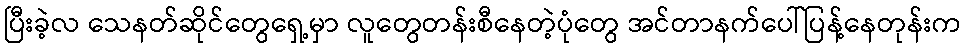
ပြီးခဲ့လ သေနတ်ဆိုင်တွေရှေ့မှာ လူတွေတန်းစီနေတဲ့ပုံတွေ အင်တာနက်ပေါ်ပြန့်နေတုန်းက